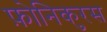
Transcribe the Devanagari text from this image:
फ़ोनिकुरस